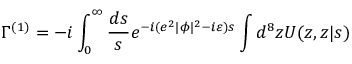
\Gamma ^ { ( 1 ) } = - i \int _ { 0 } ^ { \infty } \frac { d s } { s } e ^ { - i ( e ^ { 2 } | \phi | ^ { 2 } - i \varepsilon ) s } \int d ^ { 8 } z { \cal U } ( z , z | s )